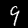
Label: 9